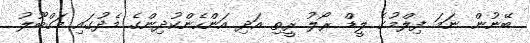
ބޭނުން ނަމަ ފިލްމުގެ ލީޑް ރޯލު ރީތި އަދި އަންހެންކުދިންގެ މެދުގައި މަގްބޫލު